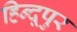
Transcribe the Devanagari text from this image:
हिन्दूपुर